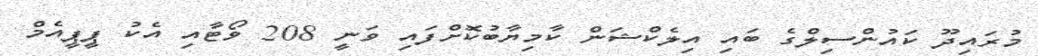
މުރައިދޫ ކައުންސިލްގެ ބައި އިލެކްޝަން ކާމިޔާބުކޮށްފައި ވަނީ 208 ވޯޓާއި އެކު ޕީޕީއެމް